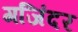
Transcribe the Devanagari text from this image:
गजिंदर